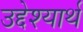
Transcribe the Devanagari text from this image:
उद्देश्यार्थ